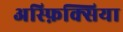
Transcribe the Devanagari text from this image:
अस्फ़िक्सिया